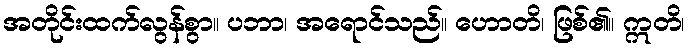
အတိုင်းထက်လွန်စွာ။ ပဘာ၊ အရောင်သည်။ ဟောတိ၊ ဖြစ်၏။ ဣတိ၊